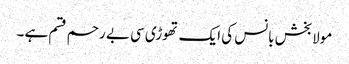
مولابخش بانس کی ایک تھوڑی سی بے رحم قسم ہے ۔